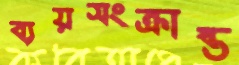
ব্যয়সংক্রান্ত